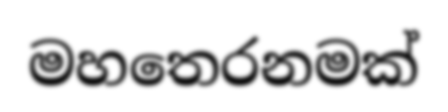
මහතෙරනමක්